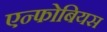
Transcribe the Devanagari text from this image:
एन्फोबियस